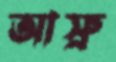
আস্রু